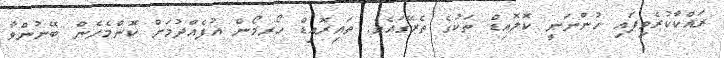
ރައްކާކުރެވިފައި ހުންނަނީ ކޮލޮއިޑް ތަކުގެ ތެރޭގައެވެ. ތައިރޮއިޑް ހޯރމޯން އުފެއްދުމަށް ކޮންމެހެން ބޭނުންވާ